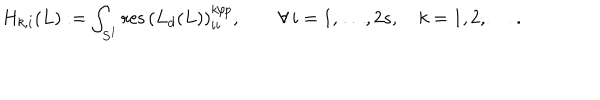
H _ { k , i } ( L ) : = \int _ { S ^ { 1 } } \mathrm { r e s \, } \left( L _ { d } ( L ) \right) _ { i i } ^ { k / { p } } , \qquad \forall \, i = 1 , \ldots , 2 s , \quad k = 1 , 2 , \dots \, .